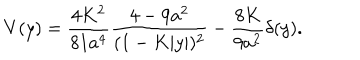
V ( y ) = { \frac { 4 K ^ { 2 } } { 8 1 a ^ { 4 } } } { \frac { 4 - 9 a ^ { 2 } } { ( 1 - K | y | ) ^ { 2 } } } - { \frac { 8 K } { 9 a ^ { 2 } } } \delta ( y ) .